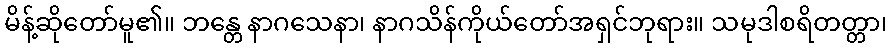
မိန့်ဆိုတော်မူ၏။ ဘန္တေ နာဂသေနာ၊ နာဂသိန်ကိုယ်တော်အရှင်ဘုရား။ သမုဒါစရိတတ္တာ၊